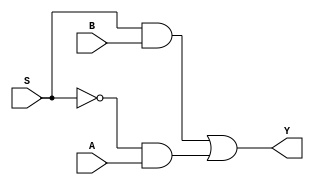
module mux_2to1(A,B,S,Y);
input A,B,S;
output Y;
assign Y=(S&B)|(~S&A);
endmodule